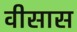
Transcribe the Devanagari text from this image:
वीसास